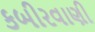
કબીરવાણી